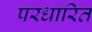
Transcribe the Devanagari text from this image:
परधारित